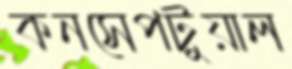
কনসেপটুয়াল